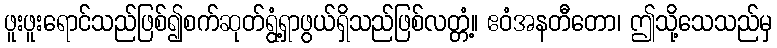
ဖူးဖူးရောင်သည်ဖြစ်၍စက်ဆုတ်ရွံ့ရှာဖွယ်ရှိသည်ဖြစ်လတ္တံ့။ ဧဝံအနတီတော၊ ဤသို့သေသည်မှ